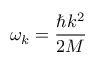
\omega _ { k } = \frac { \hbar k ^ { 2 } } { 2 M }